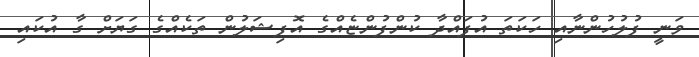
ވަނީ ފުލުހުންނާއި ހަކަތަ އުފައްދާ ކުންފުންޏެއްގެ އޮފިޝަލުން ތަކެއްގެ ގަޔަށް ގާ އުކައި